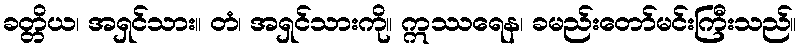
ခတ္တိယ၊ အရှင်သား။ တံ၊ အရှင်သားကို။ ဣဿရေန၊ ခမည်းတော်မင်းကြီးသည်။